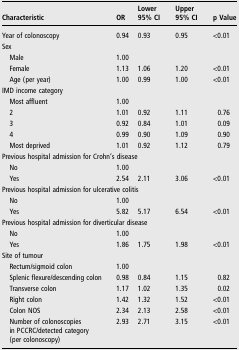
| Characteristic | OR | Lower 95% CI | Upper 95% CI | p Value |
 | --- | --- | --- | --- | --- |
 | Year of colonoscopy | 0.94 | 0.93 | 0.95 | <0.01 |
 | <COLSPAN=5> Sex |
 | Male | 1.00 |  |  |  |
 | Female | 1.13 | 1.06 | 1.20 | <0.01 |
 | Age (per year) | 1.00 | 0.99 | 1.00 | <0.01 |
 | <COLSPAN=5> IMD income category |
 | Most affluent | 1.00 |  |  |  |
 | 2 | 1.01 | 0.92 | 1.11 | 0.76 |
 | 3 | 0.92 | 0.84 | 1.01 | 0.09 |
 | 4 | 0.99 | 0.90 | 1.09 | 0.90 |
 | Most deprived | 1.01 | 0.92 | 1.12 | 0.79 |
 | <COLSPAN=5> Previous hospital admission for Crohn's disease |
 | No | 1.00 |  |  |  |
 | Yes | 2.54 | 2.11 | 3.06 | <0.01 |
 | <COLSPAN=5> Previous hospital admission for ulcerative colitis |
 | No | 1.00 |  |  |  |
 | Yes | 5.82 | 5.17 | 6.54 | <0.01 |
 | <COLSPAN=5> Previous hospital admission for diverticular disease |
 | No | 1.00 |  |  |  |
 | Yes | 1.86 | 1.75 | 1.98 | <0.01 |
 | <COLSPAN=5> Site of tumour |
 | Rectum/sigmoid colon | 1.00 |  |  |  |
 | Splenic flexure/descending colon | 0.98 | 0.84 | 1.15 | 0.82 |
 | Transverse colon | 1.17 | 1.02 | 1.35 | 0.02 |
 | Right colon | 1.42 | 1.32 | 1.52 | <0.01 |
 | Colon NOS | 2.34 | 2.13 | 2.58 | <0.01 |
 | Number of colonoscopies in PCCRC/detected category (per colonoscopy) | 2.93 | 2.71 | 3.15 | <0.01 |